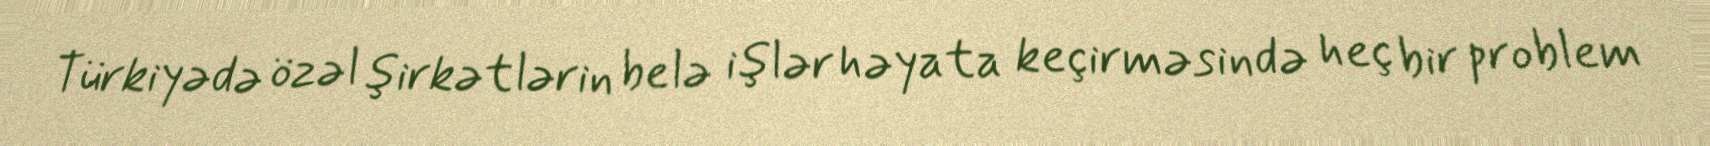
Türkiyədə özəl şirkətlərin belə işlər həyata keçirməsində heç bir problem